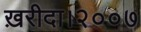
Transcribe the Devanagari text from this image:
ख़रीदा।२००७